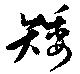
矮